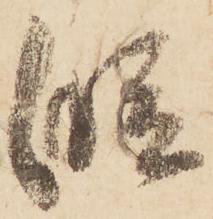
段